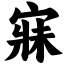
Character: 寐